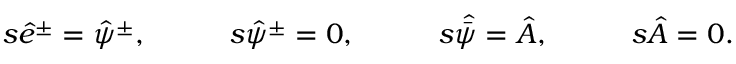
\begin{array} { l l l l } { { s \hat { e } ^ { \pm } = \hat { \psi } ^ { \pm } , \quad } } & { { \quad s \hat { \psi } ^ { \pm } = 0 , \quad } } & { { \quad s \skew 5 \hat { \bar { \psi } } = \hat { A } , \quad } } & { { \quad s \hat { A } = 0 . } } \end{array}